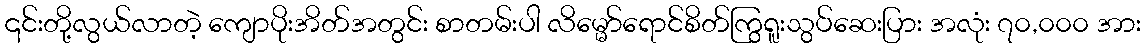
၎င်းတို့လွယ်လာတဲ့ ကျောပိုးအိတ်အတွင်း စာတမ်းပါ လိမ္မော်ရောင်စိတ်ကြွရူးသွပ်ဆေးပြား အလုံး ၇၀,၀၀၀ အား